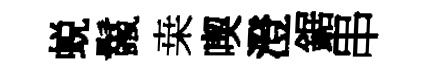
蜕鬣桒喫澄鋸串